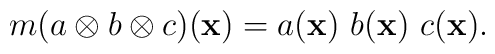
m(a\otimes b\otimes c){({\bf x)}}=a({\bf x})\,\,b({\bf x})\,\,c({\bf x}).